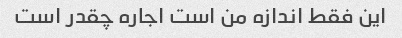
این فقط اندازه من است اجاره چقدر است